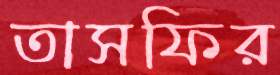
তাসফির